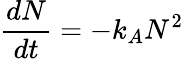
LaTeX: \frac{dN}{dt}=-k_{A}N^{2}